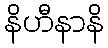
နိဟီနာနိ